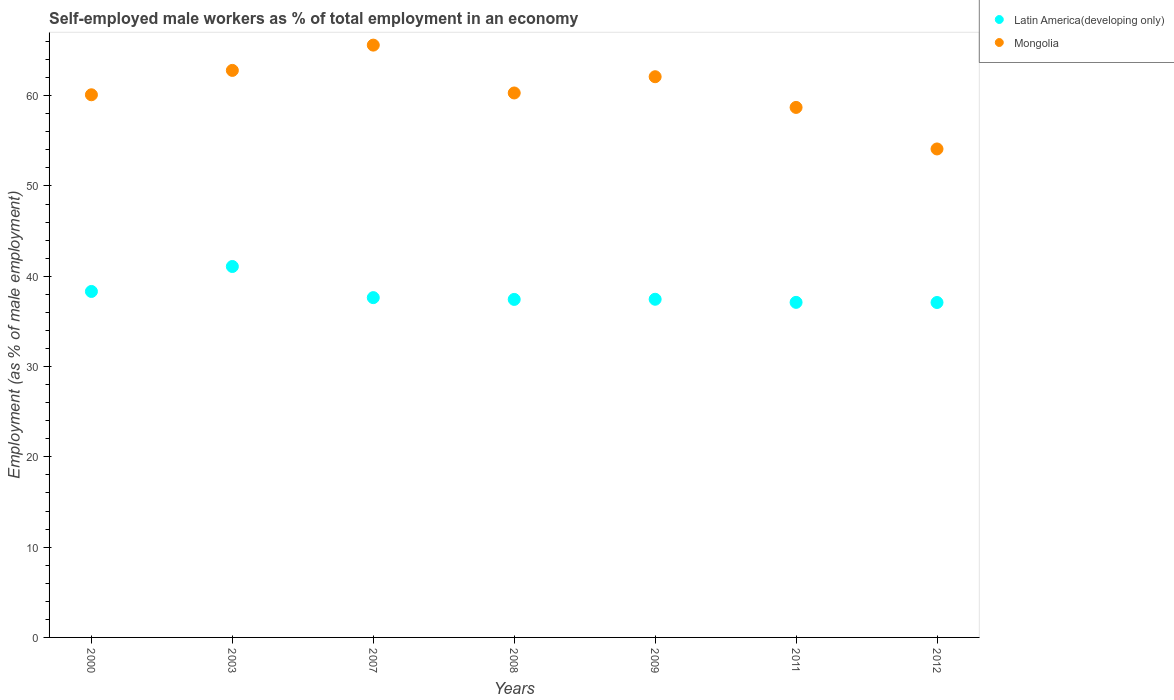
| Years | Latin America(developing only) | Mongolia |
 | --- | --- | --- |
 | 2000 | 38.3 | 60.1 |
 | 2003 | 41.1 | 62.8 |
 | 2007 | 37.6 | 65.6 |
 | 2008 | 37.4 | 60.3 |
 | 2009 | 37.5 | 62.1 |
 | 2011 | 37.1 | 58.7 |
 | 2012 | 37.1 | 54.1 |